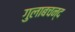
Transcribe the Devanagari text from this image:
गुलाबचन्द